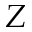
Z